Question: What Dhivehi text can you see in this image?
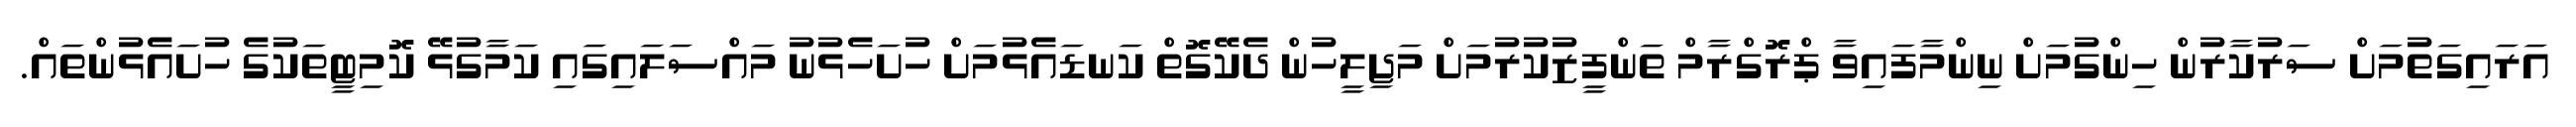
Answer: އަރައިގަތުމަށް ސަރުކާރުން ހިންގުމަށް ނިންމާފައިވާ ޕްރޮގްރާމް ތަންފީޒުކުރުމަށް މަޖިލީހުން ދެކޭގޮތް ކަނޑައެޅުމަށް ހުށަހެޅުނު މައްސަލައިގައި ކަމާގުޅޭ ކޮމިޓީތަކުގެ ހުށައެޅުންތައް.